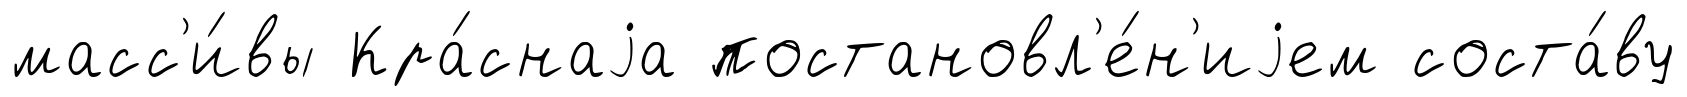
масс'и́вы Кра́снаjа постановл'е́н'иjем соста́ву